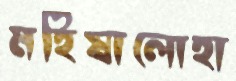
মহিষালোহা